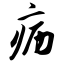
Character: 疬